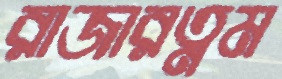
রাজারত্নম